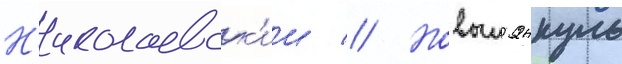
Н'иколаевск'ии // Новыи янкуль